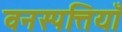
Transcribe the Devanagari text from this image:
वनस्पत्तियाँ